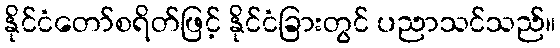
နိုင်ငံတော်စရိတ်ဖြင့် နိုင်ငံခြားတွင် ပညာသင်သည်။